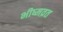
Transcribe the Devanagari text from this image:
भीष्मव्रत